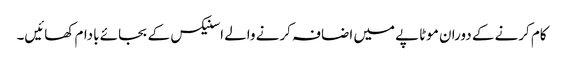
کام کرنے کے دوران موٹاپے میں اضافہ کرنے والے اسنیکس کے بجائے بادام کھائیں۔